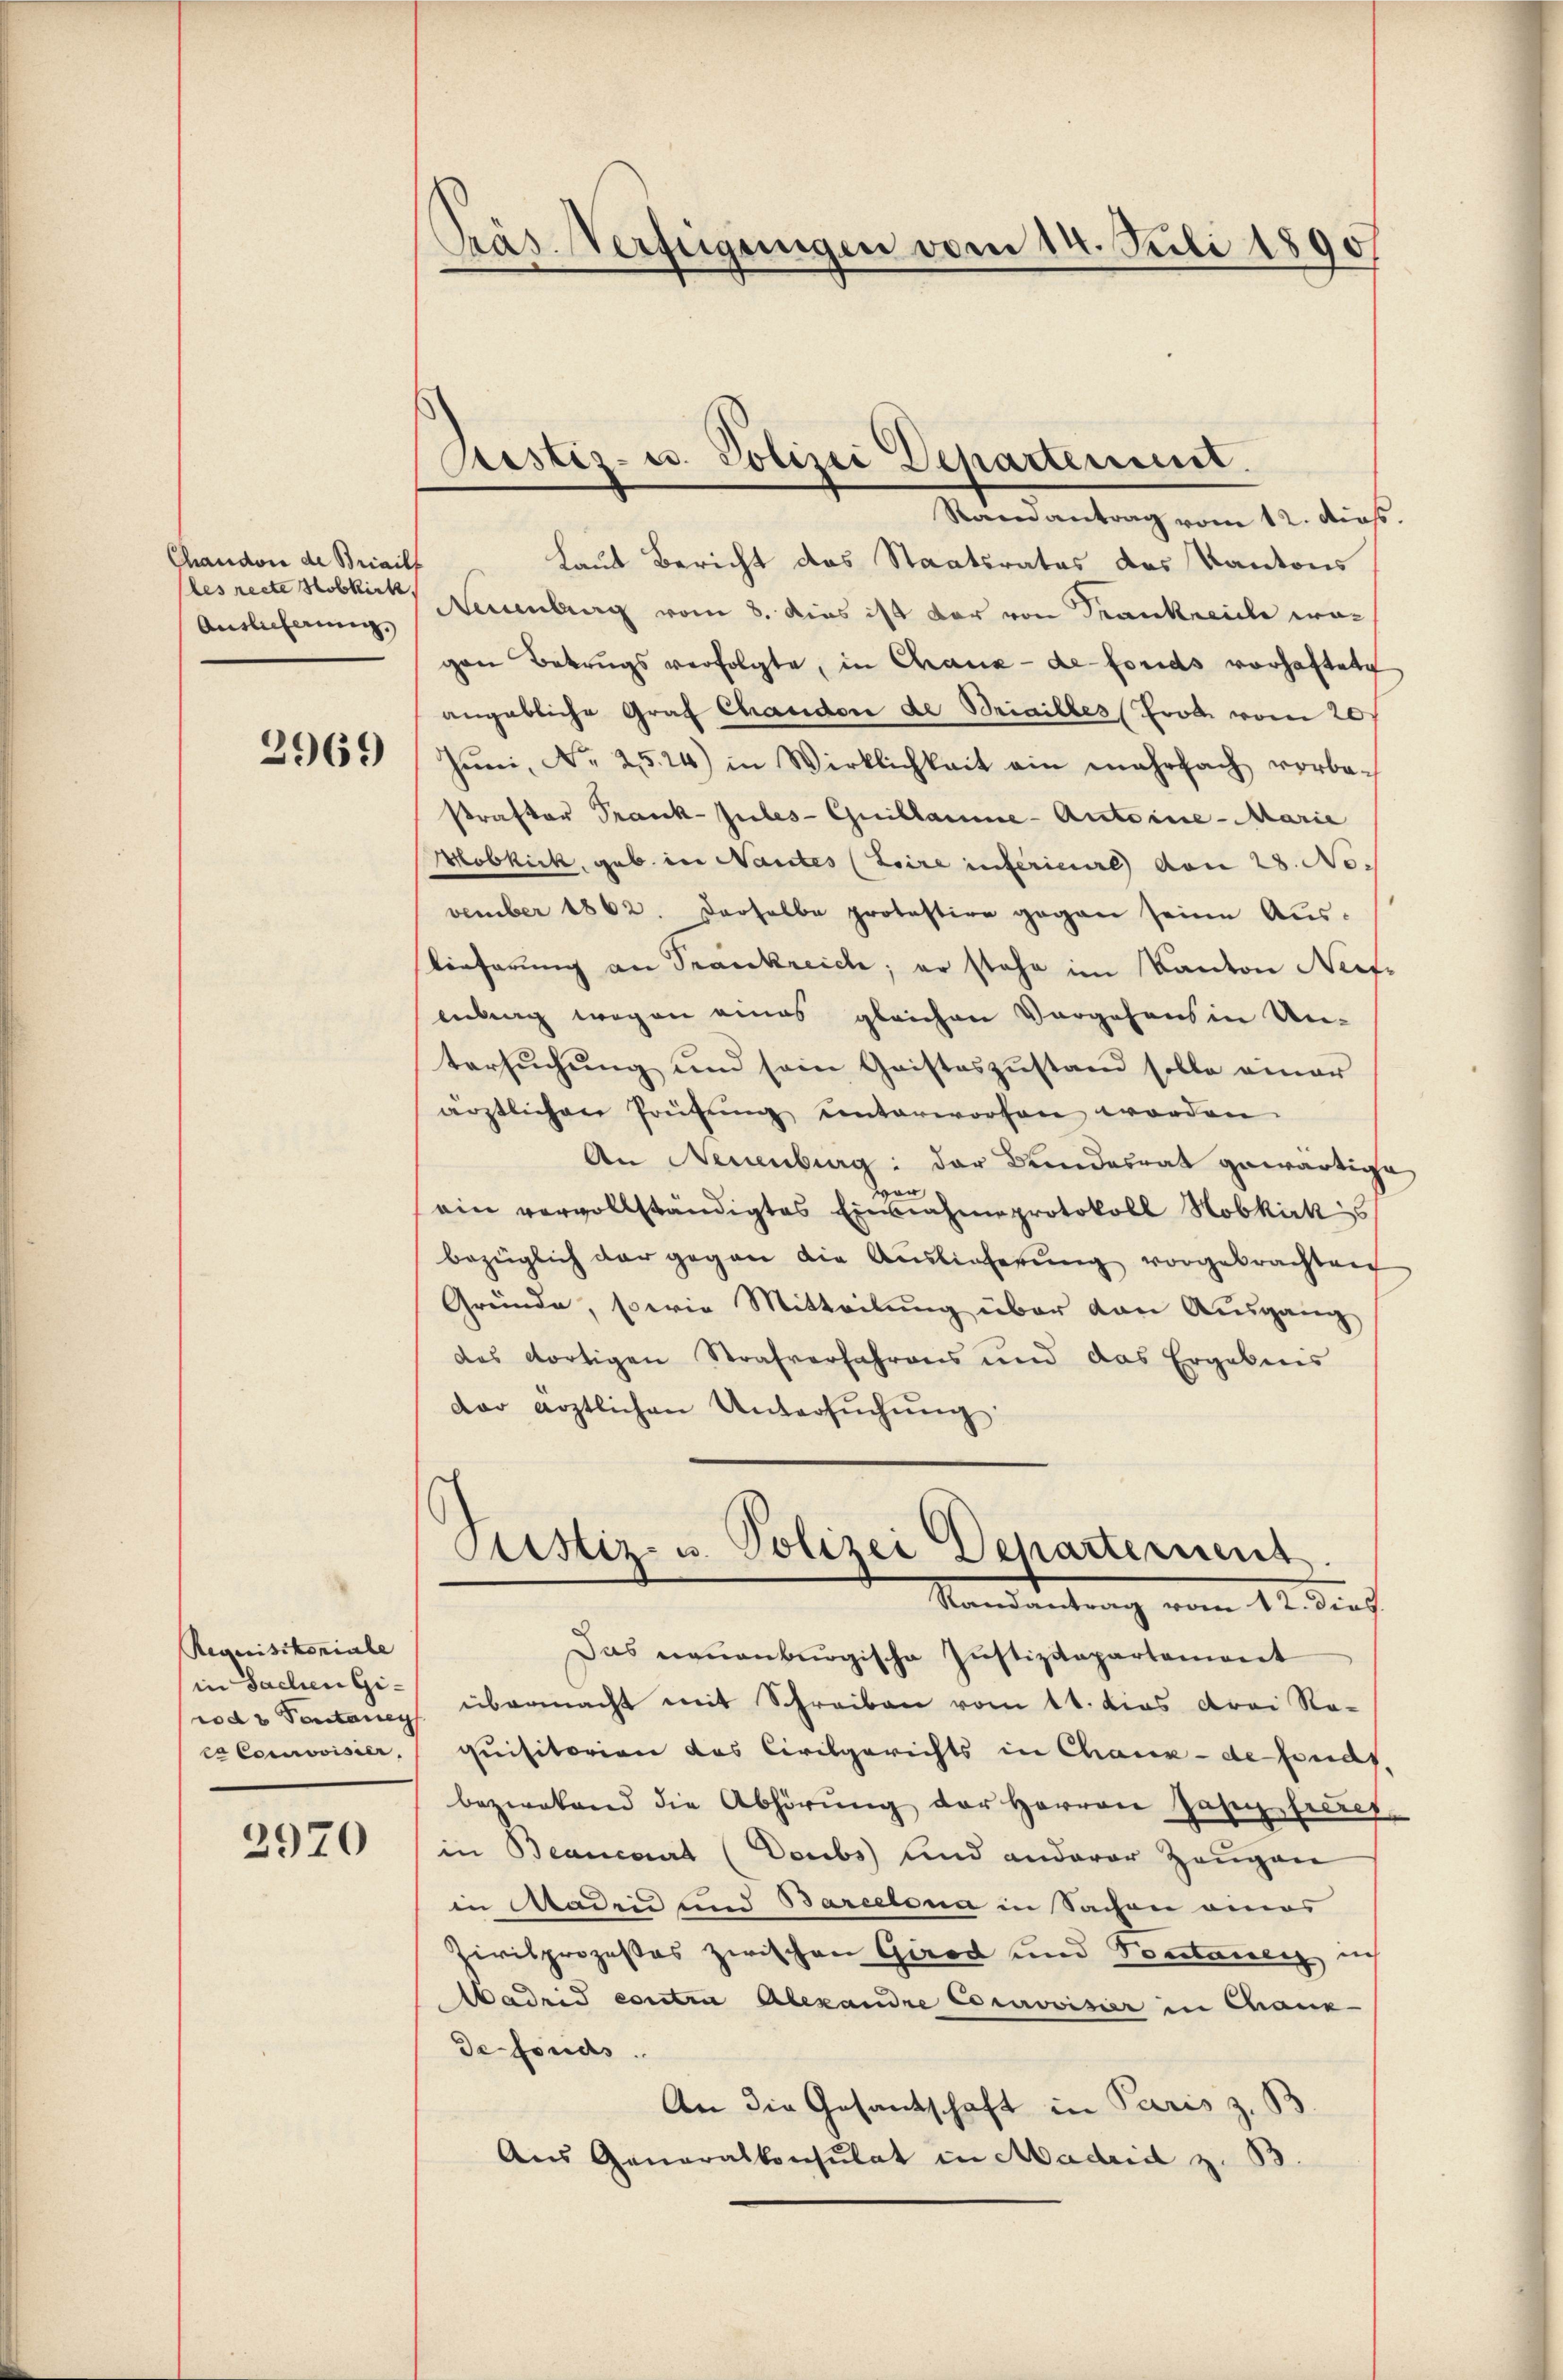
Chaudoni de Briailf
les recte Hobkirk
Auslicherung,

2969

Requisitoriale
in Sachen Girod u Pontaneg
excorovisier.

2970

Präs. Verfügungen vom 14. Juli 1890

Pistiz- u. Polizei Departement.

Randantrag vom 12. dies.
Laut Bericht des Staatsrates des Kantons
Neuenburg vom 8. dies ist der von Trankreiche wegen Betrugs verfolgte, in Chaux-de-Forids vorhaftete,
angebliche Graf Chanden de Briailles (Frot vom 20.
Jŭni, No 25.24) in Wirklichkeit ein mehrfach vorbe-
Prastor Prank-Jules-Guillaume-Antoine-Marie
Mobkick, geb. in Nantes (Loire inferiere von 28. No.
vember 1862. Derselbe protestire gegen seine Auslieferung an Trankreich; er stehe im Kanton Nefenlang wegen eines gleichen Vorgehens in Un-
tersuchung und sein Geisteszustand solle einer
ärztlichen Prüfŭng ŭnterworfen worden.
An Neuenburg: der Bundesrat gewärtige
ein vervollständigtes Einnahmeprotokoll Hobkirks
bezüglich der gegen die Auslieferŭng vorgebrachten
Gründe, sowie Mitteilung über den Ausgang
des dortigen Strafverfahrens und das Ergebnis
dar ärztlichen Untersŭchŭng
Justiz- u. Polizei Departement
Randantrag vom 12. dies
Das neuenburgische Justizdepartement
übermacht mit Schreiben vom 11. dies drei Ro-
quisitorien das Civilgerichts in Chaux-de fonds.
bezwekend die Abhörung der Herren Jahrzehreres
in Beancaart (Doubs und anderer Zeugen
in Maden und Barcelona in Sachen eines
Zivilprozesses zwischen Girod und Pontanen ich
Madrid contin Alexandre Cocerovisier in Chaux
de fonds.
An die Gesandschaft in Paris z. B.
Aus Generalkonsulat in Madrid z. B.